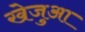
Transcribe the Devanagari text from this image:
खेजुआ